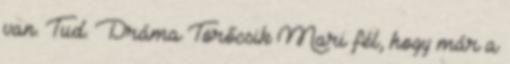
van. Tud. Dráma Törőcsik Mari fél, hogy már a